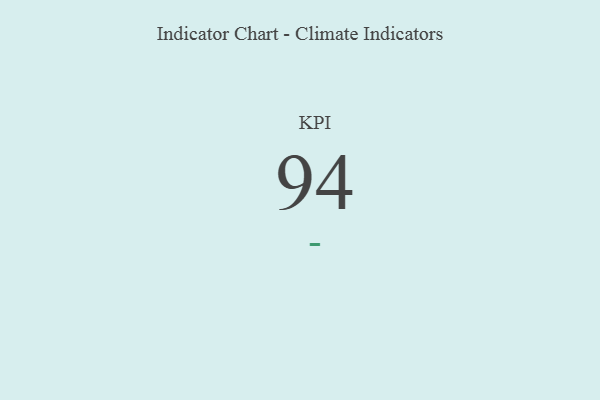
{"axis": {"x": "KPI", "y": "Value"}, "legend": [""], "data": [{"x": "KPI", "y": 94, "type": ""}]}